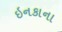
ઇનકાના